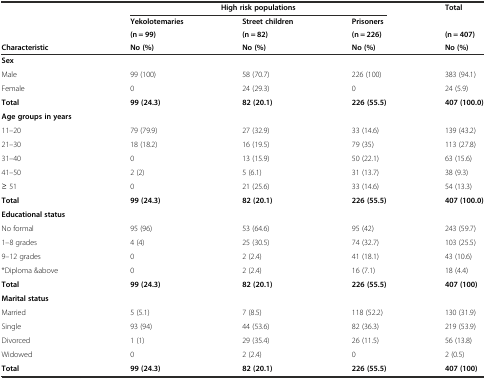
<table><thead><tr><td rowspan="3"></td><td colspan="3"><b>High risk populations</b></td><td rowspan="2"><b>Total</b></td></tr><tr><td><b>Yekolotemaries</b></td><td><b>Street children</b></td><td><b>Prisoners</b></td></tr><tr><td><b>(n = 99)</b></td><td><b>(n = 82)</b></td><td><b>(n = 226)</b></td><td><b>(n = 407)</b></td></tr><tr><td><b>Characteristic</b></td><td><b>No (%)</b></td><td><b>No (%)</b></td><td><b>No (%)</b></td><td><b>No (%)</b></td></tr></thead><tbody><tr><td><b>Sex</b></td><td></td><td></td><td></td><td></td></tr><tr><td>Male</td><td>99 (100)</td><td>58 (70.7)</td><td>226 (100)</td><td>383 (94.1)</td></tr><tr><td>Female</td><td>0</td><td>24 (29.3)</td><td>0</td><td>24 (5.9)</td></tr><tr><td><b>Total</b></td><td><b>99 (24.3)</b></td><td><b>82 (20.1)</b></td><td><b>226 (55.5)</b></td><td><b>407 (100.0)</b></td></tr><tr><td><b>Age groups in years</b></td><td></td><td></td><td></td><td></td></tr><tr><td>11–20</td><td>79 (79.9)</td><td>27 (32.9)</td><td>33 (14.6)</td><td>139 (43.2)</td></tr><tr><td>21–30</td><td>18 (18.2)</td><td>16 (19.5)</td><td>79 (35)</td><td>113 (27.8)</td></tr><tr><td>31–40</td><td>0</td><td>13 (15.9)</td><td>50 (22.1)</td><td>63 (15.6)</td></tr><tr><td>41–50</td><td>2 (2)</td><td>5 (6.1)</td><td>31 (13.7)</td><td>38 (9.3)</td></tr><tr><td>≥ 51</td><td>0</td><td>21 (25.6)</td><td>33 (14.6)</td><td>54 (13.3)</td></tr><tr><td><b>Total</b></td><td><b>99 (24.3)</b></td><td><b>82 (20.1)</b></td><td><b>226 (55.5)</b></td><td><b>407 (100.0)</b></td></tr><tr><td><b>Educational status</b></td><td></td><td></td><td></td><td></td></tr><tr><td>No formal</td><td>95 (96)</td><td>53 (64.6)</td><td>95 (42)</td><td>243 (59.7)</td></tr><tr><td>1–8 grades</td><td>4 (4)</td><td>25 (30.5)</td><td>74 (32.7)</td><td>103 (25.5)</td></tr><tr><td>9–12 grades</td><td>0</td><td>2 (2.4)</td><td>41 (18.1)</td><td>43 (10.6)</td></tr><tr><td>*Diploma &amp;above</td><td>0</td><td>2 (2.4)</td><td>16 (7.1)</td><td>18 (4.4)</td></tr><tr><td><b>Total</b></td><td><b>99 (24.3)</b></td><td><b>82 (20.1)</b></td><td><b>226 (55.5)</b></td><td><b>407 (100)</b></td></tr><tr><td><b>Marital status</b></td><td></td><td></td><td></td><td></td></tr><tr><td>Married</td><td>5 (5.1)</td><td>7 (8.5)</td><td>118 (52.2)</td><td>130 (31.9)</td></tr><tr><td>Single</td><td>93 (94)</td><td>44 (53.6)</td><td>82 (36.3)</td><td>219 (53.9)</td></tr><tr><td>Divorced</td><td>1 (1)</td><td>29 (35.4)</td><td>26 (11.5)</td><td>56 (13.8)</td></tr><tr><td>Widowed</td><td>0</td><td>2 (2.4)</td><td>0</td><td>2 (0.5)</td></tr><tr><td><b>Total</b></td><td><b>99 (24.3)</b></td><td><b>82 (20.1)</b></td><td><b>226 (55.5)</b></td><td><b>407 (100)</b></td></tr></tbody></table>